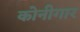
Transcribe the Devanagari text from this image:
कोनीगार